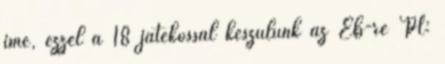
íme, ezzel a 18 játékossal készülünk az Eb-re PL: